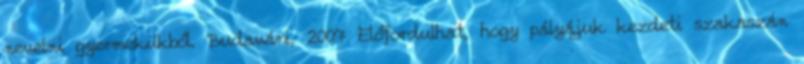
nevelni gyermekükből. Budavári, 2007 Előfordulhat, hogy pályájuk kezdeti szakaszán